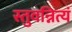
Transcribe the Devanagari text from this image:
स्तुवन्नित्यं